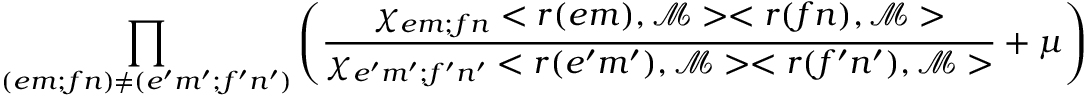
\prod _ { ( e m ; f n ) \neq ( e ^ { \prime } m ^ { \prime } ; f ^ { \prime } n ^ { \prime } ) } \left( \frac { \chi _ { e m ; f n } < r ( e m ) , \mathcal M > < r ( f n ) , \mathcal M > } { \chi _ { e ^ { \prime } m ^ { \prime } ; f ^ { \prime } n ^ { \prime } } < r ( e ^ { \prime } m ^ { \prime } ) , \mathcal M > < r ( f ^ { \prime } n ^ { \prime } ) , \mathcal M > } + \mu \right)